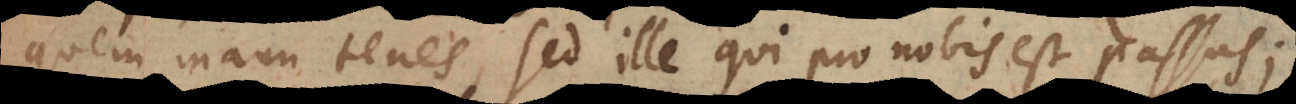
quem manu tenes, sed ille qui pro nobis est passus;